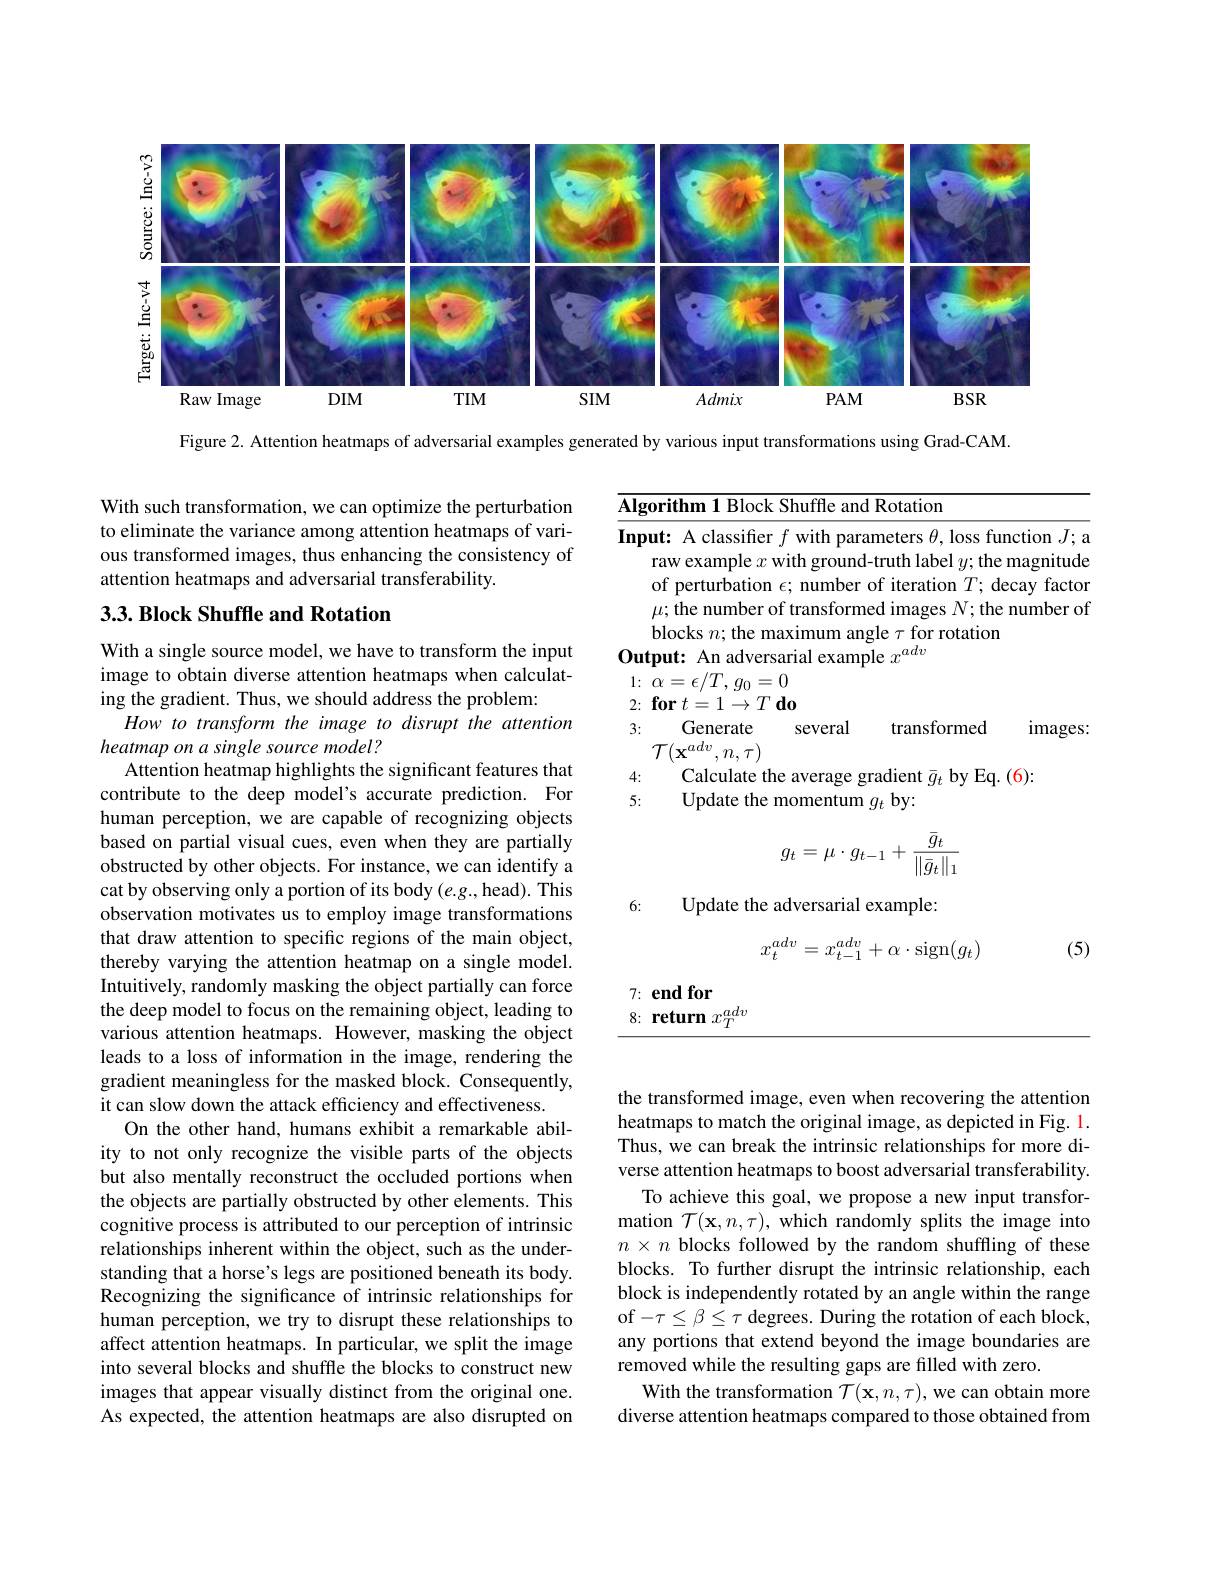
<FigureHere>

Figure 2. Attention heatmaps of adversarial examples generated by various input transformations using Grad-CAM.

With such transformation, we can optimize the perturbation to eliminate the variance among attention heatmaps of various transformed images, thus enhancing the consistency of attention heatmaps and adversarial transferability.

## 3.3. Block Shuffle and Rotation

<table>
	<tbody>
		<tr>
			<td>$\mathbf{A}\mathbf{I}$</td>
			<td>and Rotation</td>
		</tr>
	</tbody>
</table>
$g_{t}$

With a single source model, we have to transform the input image to obtain diverse attention heatmaps when calculating the gradient. Thus, we should address the problem:
How to transform the image to disrupt the attention
heatmap on a single source model?
$$g_t=\mu\cdot g_{t-1}+\frac{\bar{g}_t}{\|\bar{g}_t\|_1}$$
6:

Update the adversarial example:

(5)
$$x_t^{adv}=x_{t-1}^{adv}+\alpha\cdot\mathrm{sign}(g_t)$$
7: end for
8: return $x_T^{adv}$

Attention heatmap highlights the significant features that contribute to the deep model's accurate prediction. For human perception, we are capable of recognizing objects based on partial visual cues, even when they are partially obstructed by other objects. For instance, we can identify a cat by observing only a portion of its body (e.g., head). This observation motivates us to employ image transformations that draw attention to specific regions of the main object, thereby varying the attention heatmap on a single model. Intuitively, randomly masking the object partially can force the deep model to focus on the remaining object, leading to various attention heatmaps. However, masking the object leads to a loss of information in the image, rendering the gradient meaningless for the masked block. Consequently, it can slow down the attack efficiency and effectiveness.
On the other hand, humans exhibit a remarkable ability to not only recognize the visible parts of the objects but also mentally reconstruct the occluded portions when the objects are partially obstructed by other elements. This cognitive process is attributed to our perception of intrinsic relationships inherent within the object, such as the understanding that a horse's legs are positioned beneath its body. Recognizing the significance of intrinsic relationships for human perception, we try to disrupt these relationships to affect attention heatmaps. In particular, we split the image into several blocks and shuffle the blocks to construct new images that appear visually distinct from the original one. As expected, the attention heatmaps are also disrupted on

the transformed image, even when recovering the attention heatmaps to match the original image, as depicted in Fig. 1. Thus, we can break the intrinsic relationships for more diverse attention heatmaps to boost adversarial transferability.
To achieve this goal, we propose a new input transformation $\mathcal{T}(\mathbf{x},n,\tau)$, which randomly splits the image into $n\times n$ blocks followed by the random shuffling of these blocks. To further disrupt the intrinsic relationship, each block is independently rotated by an angle within the range of$-\tau\leq\beta\leq\tau$ degrees. During the rotation of each block, any portions that extend beyond the image boundaries are removed while the resulting gaps are filled with zero.
With the transformation $\mathcal{T}(\mathbf{x},n,\tau)$,we can obtain more diverse attention heatmaps compared to those obtained from